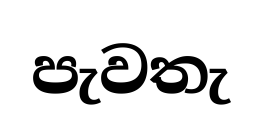
පැවතැ